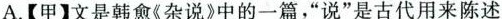
A.【甲】文是韩愈杂说?中的一篇”说”是古代用来陈述